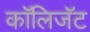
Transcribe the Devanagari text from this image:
कॉलिजॅट